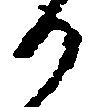
り